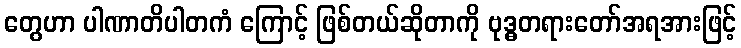
တွေဟာ ပါဏာတိပါတကံ ကြောင့် ဖြစ်တယ်ဆိုတာကို ဗုဒ္ဓတရားတော်အရအားဖြင့်